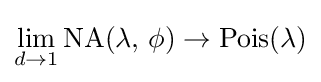
\lim _{d\rightarrow 1}\operatorname {NA} (\lambda ,\,\phi )\rightarrow \operatorname {Pois} (\lambda )